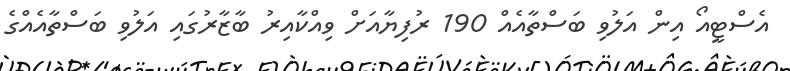
އެސްޓީއޯ އިން އަލުވި ބަސްތާއެއް 190 ރުފިޔާއަށް ވިއްކާއިރު ބާޒާރުގައި އަލުވި ބަސްތާއެއްގެ